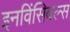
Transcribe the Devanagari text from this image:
इनविंसिबल्स